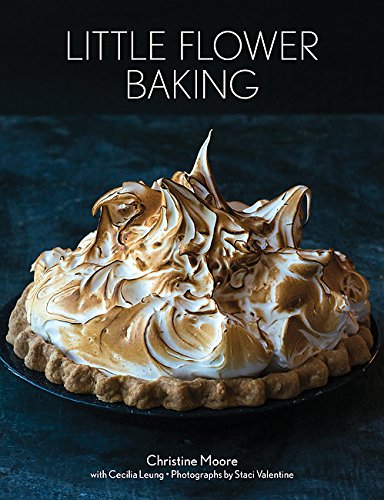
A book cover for Little Flower Baking; Christine Moore; Cookbooks, Food & Wine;